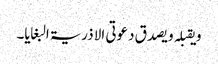
و یقبلہ و یصدق دعوتی الا ذریۃ البغایا۔